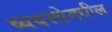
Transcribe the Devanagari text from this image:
व्यवस्थेमधील